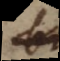
b